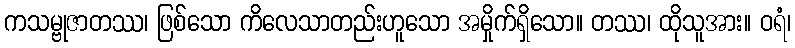
ကသမ္ဗုဇာတဿ၊ ဖြစ်သော ကိလေသာတည်းဟူသော အမှိုက်ရှိသော။ တဿ၊ ထိုသူအား။ ဝရံ၊